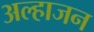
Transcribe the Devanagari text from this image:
अल्हाजन